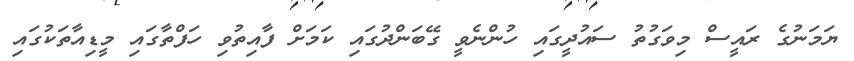
ޔަމަނުގެ ރައީސް މިވަގުތު ސައުދީގައި ހުންނެވީ ގޭބަންދުގައި ކަމަށް ފާއިތުވި ހަފްތާގައި މީޑިއާތަކުގައި